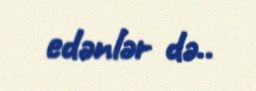
edənlər də..